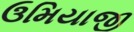
ઉમિયાજી